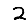
Digit: 2